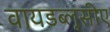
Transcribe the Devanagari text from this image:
वायडब्लूसीए